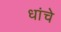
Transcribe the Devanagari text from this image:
धांचे